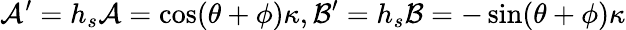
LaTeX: \mathcal{A}^{\prime}=h_{s}\mathcal{A}=\cos(\theta+\phi)\kappa,\mathcal{B}^{\prime}=h_{s}\mathcal{B}=-\sin(\theta+\phi)\kappa